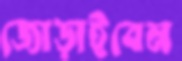
জোড়াইবেন